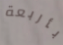
بأربعة